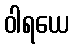
ဝါရယေ